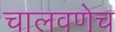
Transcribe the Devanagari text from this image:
चालवणेच